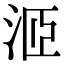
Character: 洍